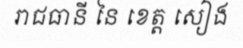
រាជធានី នៃ ខេត្ត សៀង